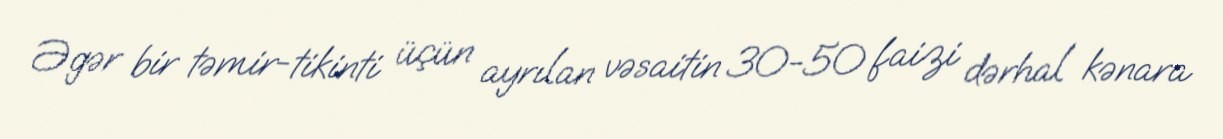
Əgər bir təmir-tikinti üçün ayrılan vəsaitin 30-50 faizi dərhal kənara